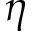
\eta